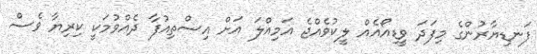
ފަނޑިޔާރުންގެ މިފަދަ ވީޑިއޯއެއް ލީކުވެއްޖެ އަމިއްލަ އަށް އިސްތިއުފާ ދެއްވުމަކީ ކިރިޔާ ވެސް